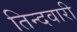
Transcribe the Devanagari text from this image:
तिन्‍दवारी